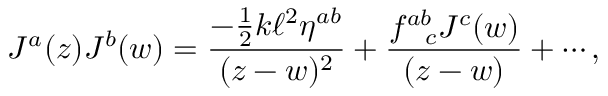
J ^ { a } ( z ) J ^ { b } ( w ) = \frac { - \frac { 1 } { 2 } k \ell ^ { 2 } \eta ^ { a b } } { ( z - w ) ^ { 2 } } + \frac { f _ { ~ ~ c } ^ { a b } J ^ { c } ( w ) } { ( z - w ) } + \cdots ,